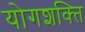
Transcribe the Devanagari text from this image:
योगशक्‍ति